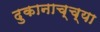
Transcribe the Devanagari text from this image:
दुकानाच्च्या